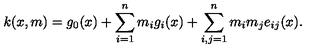
k ( x , m ) = g _ { 0 } ( x ) + \sum _ { i = 1 } ^ { n } m _ { i } g _ { i } ( x ) + \sum _ { i , j = 1 } ^ { n } m _ { i } m _ { j } e _ { i j } ( x ) .